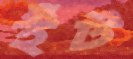
ইঁট